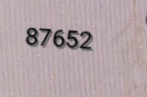
87652